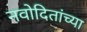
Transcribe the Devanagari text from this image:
नवोदितांच्या